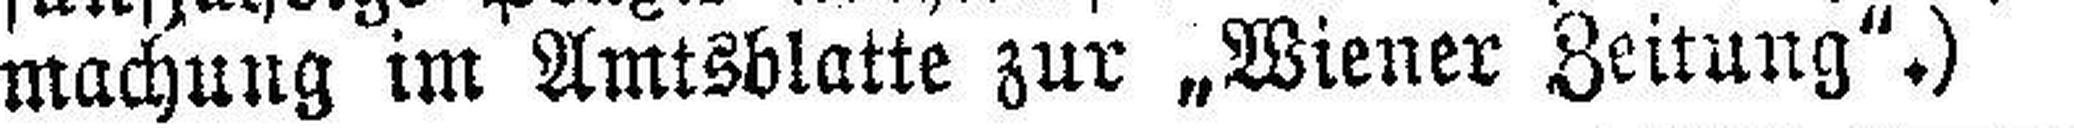
machung im Amtsblatte zur „Wiener Zeitung".)